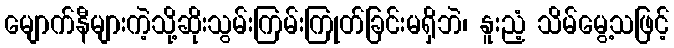
မျောက်နီများကဲ့သို့ဆိုးသွမ်းကြမ်းကြုတ်ခြင်းမရှိဘဲ၊ နူးညံ့ သိမ်မွေ့သဖြင့်